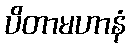
ပိတာမဟာနံ